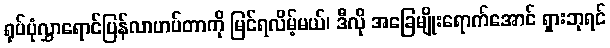
ရုပ်ပုံလွှာရောင်ပြန်လာဟပ်တာကို မြင်ရလိမ့်မယ်၊ ဒီလို အခြေမျိုးရောက်အောင် ရှားဘုရင်